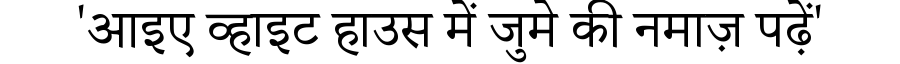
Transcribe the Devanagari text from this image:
'आइए व्हाइट हाउस में जुमे की नमाज़ पढ़ें'